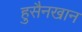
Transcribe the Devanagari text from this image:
हुसैनखान